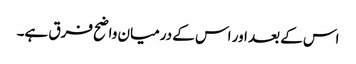
اس کے بعد اور اس کے درمیان واضح فرق ہے۔